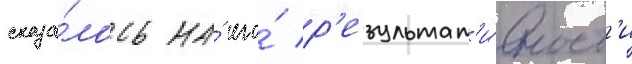
сказа́лось на́ его́ р'езультат'и́вност'и